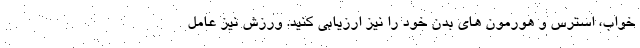
خواب، استرس و هورمون های بدن خود را نیز ارزیابی کنید. ورزش نیز عامل